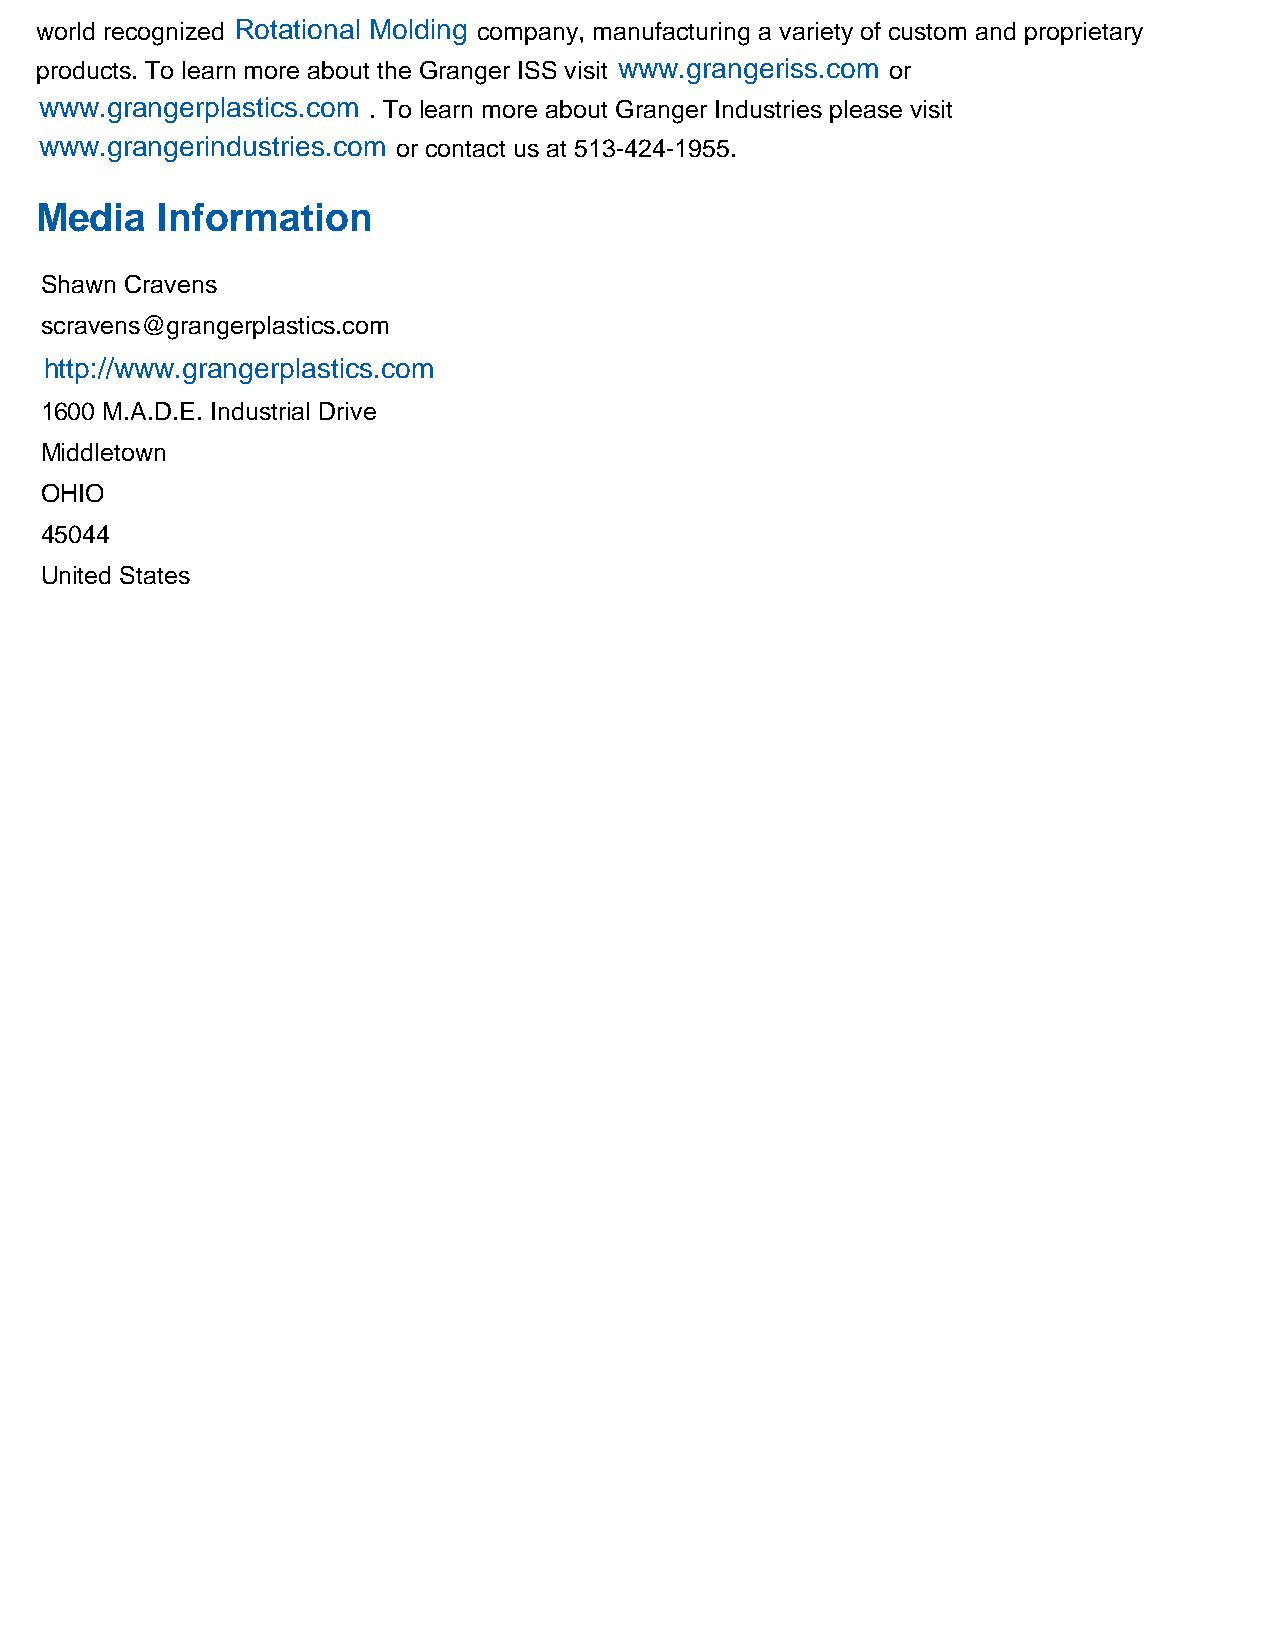
world recognized Rotational Molding company, manufacturing a variety of custom and proprietary
 products. To learn more about the Granger ISS visit www.grangeriss.com or
 www.grangerplastics.com . To learn more about Granger Industries please visit
 www.grangerindustries.com or contact us at 513-424-1955.
 Media   Information
 Shawn Cravens
 scravens@grangerplastics.com
 http://www.grangerplastics.com
 1600 M.A.D.E. Industrial Drive
 Middletown
 OHIO
 45044
 United States